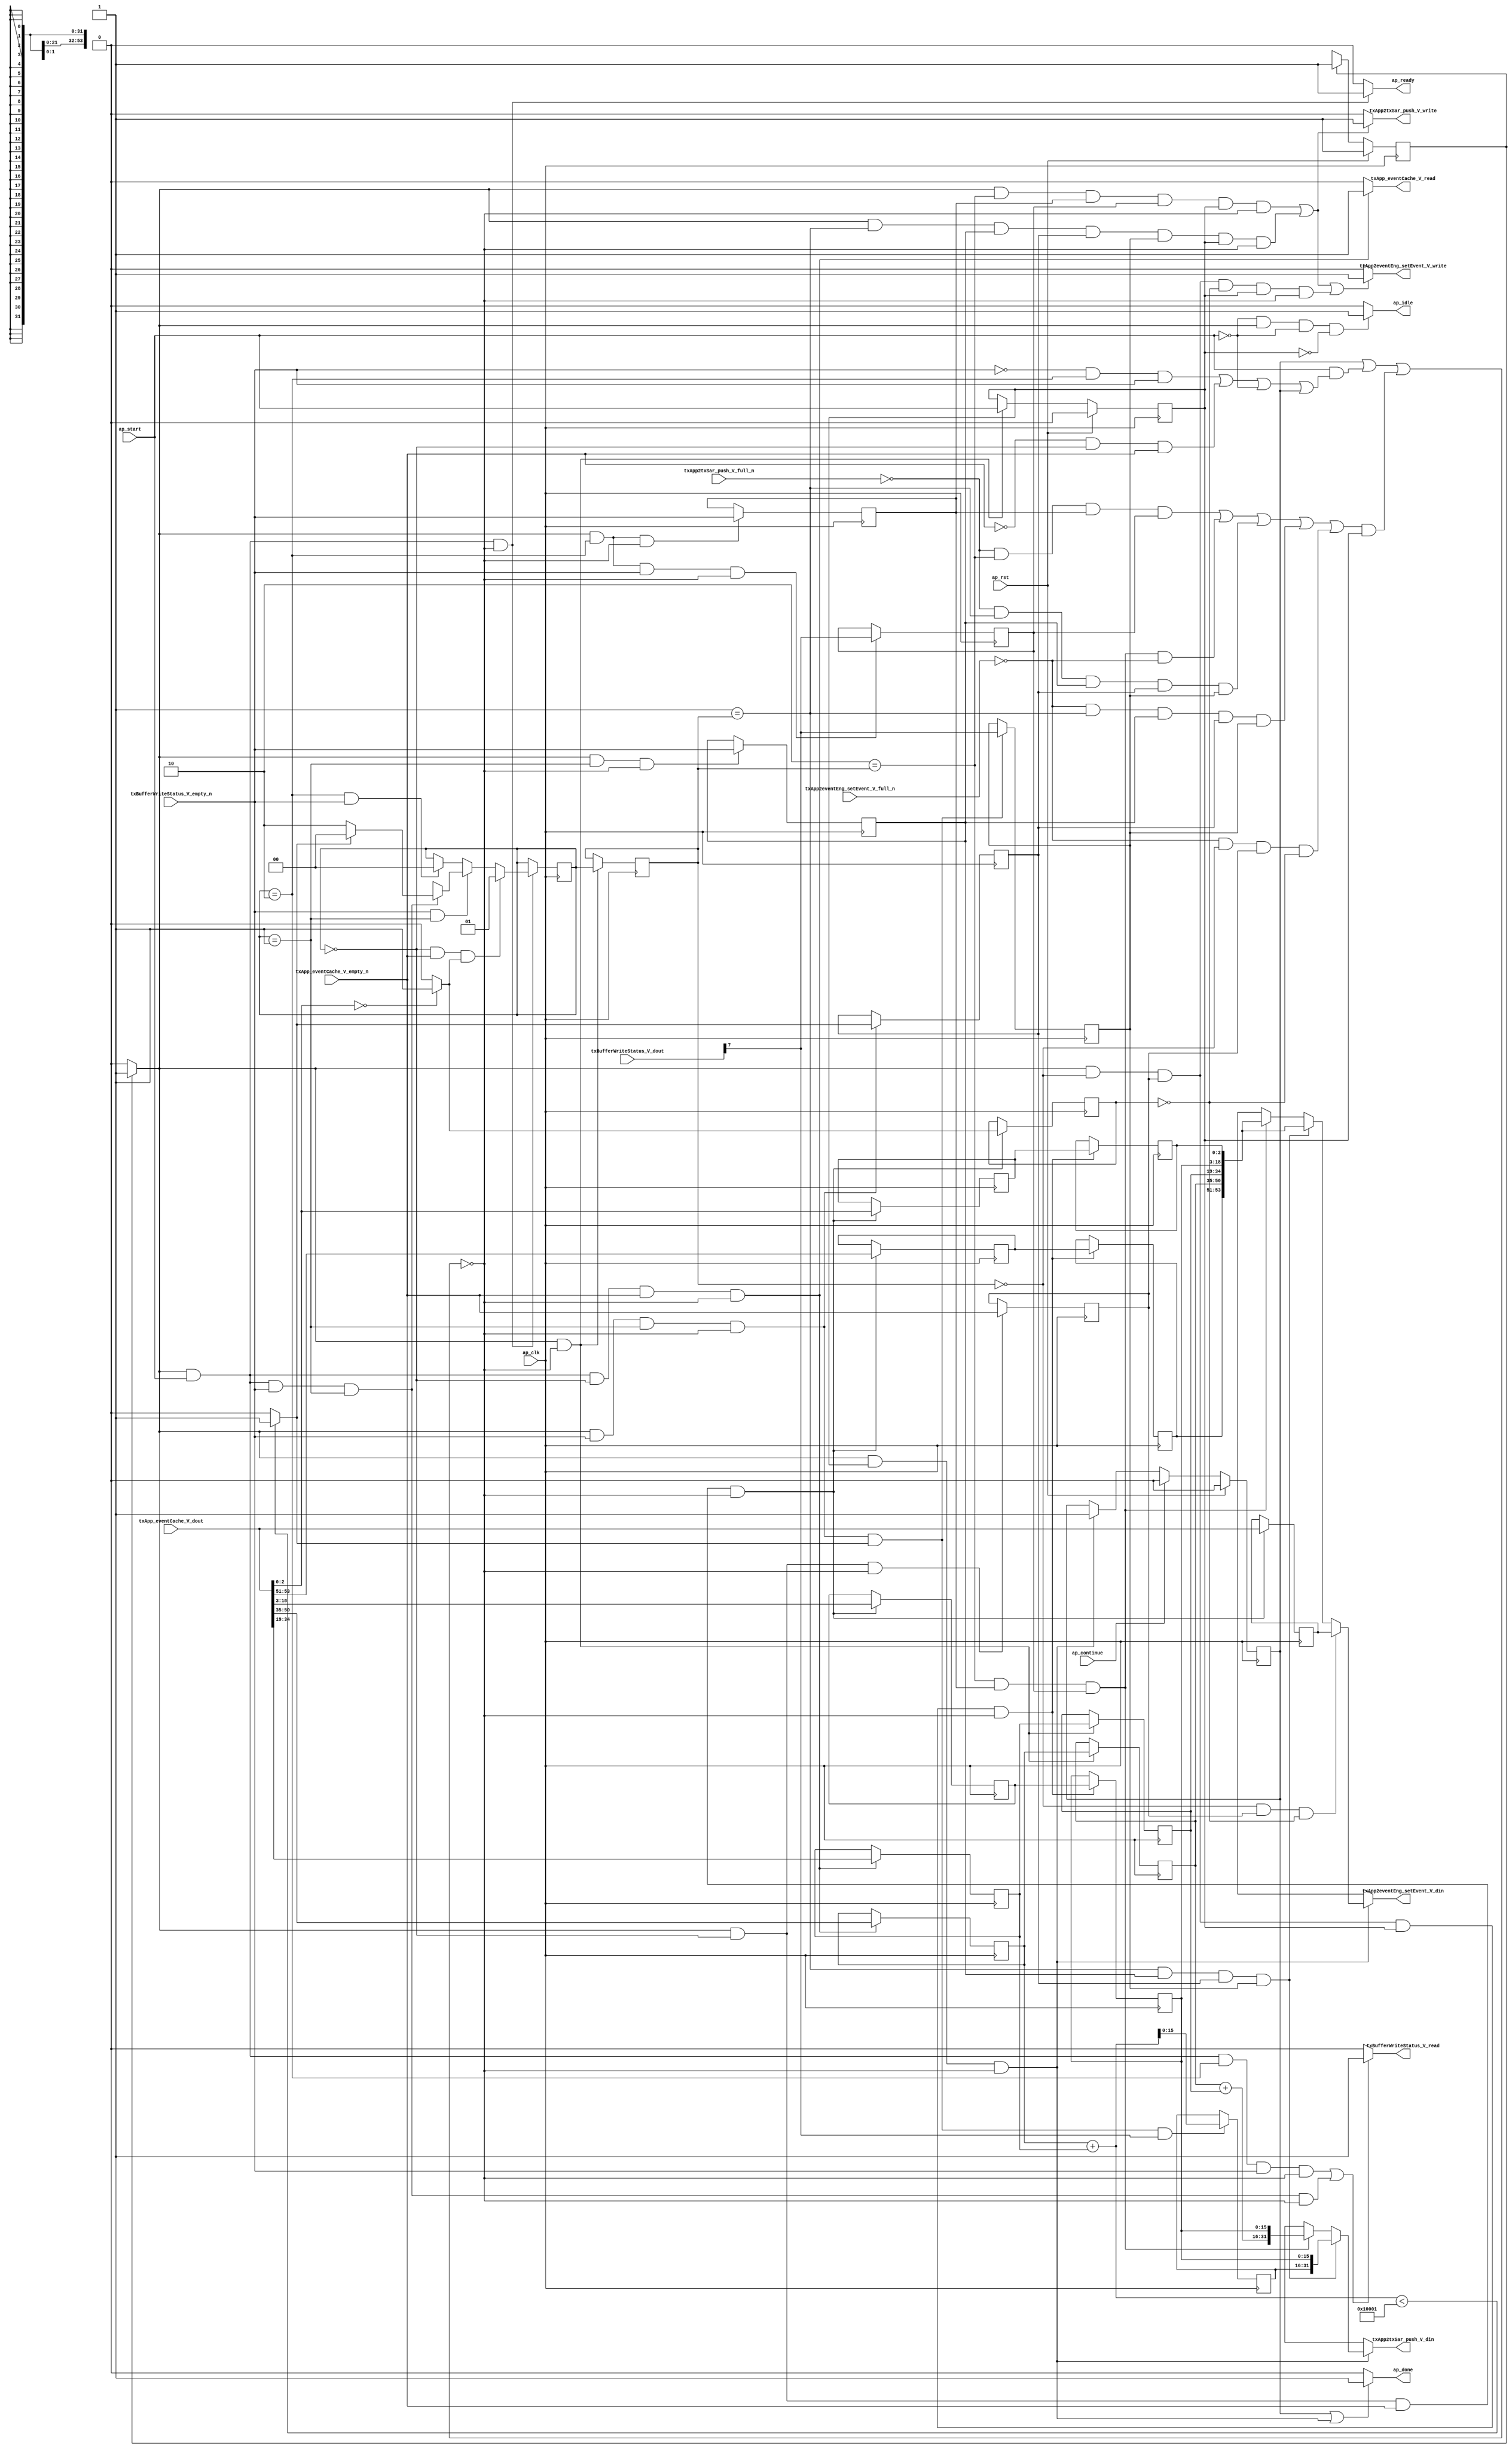
// ==============================================================
// RTL generated by Vivado(TM) HLS - High-Level Synthesis from C, C++ and SystemC
// Version: 2015.1
// Copyright (C) 2015 Xilinx Inc. All rights reserved.
// 
// ===========================================================

`timescale 1 ns / 1 ps 

module toe_txAppStatusHandler (
        ap_clk,
        ap_rst,
        ap_start,
        ap_done,
        ap_continue,
        ap_idle,
        ap_ready,
        txBufferWriteStatus_V_dout,
        txBufferWriteStatus_V_empty_n,
        txBufferWriteStatus_V_read,
        txApp_eventCache_V_dout,
        txApp_eventCache_V_empty_n,
        txApp_eventCache_V_read,
        txApp2txSar_push_V_din,
        txApp2txSar_push_V_full_n,
        txApp2txSar_push_V_write,
        txApp2eventEng_setEvent_V_din,
        txApp2eventEng_setEvent_V_full_n,
        txApp2eventEng_setEvent_V_write
);

parameter    ap_const_logic_1 = 1'b1;
parameter    ap_const_logic_0 = 1'b0;
parameter    ap_ST_pp0_stg0_fsm_0 = 1'b1;
parameter    ap_const_lv32_0 = 32'b00000000000000000000000000000000;
parameter    ap_const_lv1_1 = 1'b1;
parameter    ap_const_lv2_2 = 2'b10;
parameter    ap_const_lv1_0 = 1'b0;
parameter    ap_const_lv2_1 = 2'b1;
parameter    ap_const_lv2_0 = 2'b00;
parameter    ap_const_lv3_0 = 3'b000;
parameter    ap_const_lv32_7 = 32'b111;
parameter    ap_const_lv17_10001 = 17'b10000000000000001;
parameter    ap_const_lv32_3 = 32'b11;
parameter    ap_const_lv32_12 = 32'b10010;
parameter    ap_const_lv32_13 = 32'b10011;
parameter    ap_const_lv32_22 = 32'b100010;
parameter    ap_const_lv32_23 = 32'b100011;
parameter    ap_const_lv32_32 = 32'b110010;
parameter    ap_const_lv32_33 = 32'b110011;
parameter    ap_const_lv32_35 = 32'b110101;
parameter    ap_true = 1'b1;

input   ap_clk;
input   ap_rst;
input   ap_start;
output   ap_done;
input   ap_continue;
output   ap_idle;
output   ap_ready;
input  [7:0] txBufferWriteStatus_V_dout;
input   txBufferWriteStatus_V_empty_n;
output   txBufferWriteStatus_V_read;
input  [53:0] txApp_eventCache_V_dout;
input   txApp_eventCache_V_empty_n;
output   txApp_eventCache_V_read;
output  [31:0] txApp2txSar_push_V_din;
input   txApp2txSar_push_V_full_n;
output   txApp2txSar_push_V_write;
output  [53:0] txApp2eventEng_setEvent_V_din;
input   txApp2eventEng_setEvent_V_full_n;
output   txApp2eventEng_setEvent_V_write;

reg ap_done;
reg ap_idle;
reg ap_ready;
reg txBufferWriteStatus_V_read;
reg txApp_eventCache_V_read;
reg[31:0] txApp2txSar_push_V_din;
reg txApp2txSar_push_V_write;
reg[53:0] txApp2eventEng_setEvent_V_din;
reg txApp2eventEng_setEvent_V_write;
reg    ap_done_reg = 1'b0;
(* fsm_encoding = "none" *) reg   [0:0] ap_CS_fsm = 1'b1;
reg    ap_sig_cseq_ST_pp0_stg0_fsm_0;
reg    ap_sig_bdd_20;
wire    ap_reg_ppiten_pp0_it0;
reg    ap_reg_ppiten_pp0_it1 = 1'b0;
wire   [0:0] grp_nbreadreq_fu_158_p3;
wire   [0:0] tmp_nbreadreq_fu_172_p3;
reg    ap_sig_bdd_71;
reg   [1:0] tash_state_V_load_reg_410;
reg   [0:0] tmp_155_reg_428;
reg   [0:0] tmp_512_reg_432;
reg   [0:0] tmp_154_reg_436;
reg   [0:0] tmp_53_reg_440;
reg   [0:0] tmp_513_reg_444;
reg   [0:0] tmp_reg_453;
reg   [0:0] tmp_s_reg_477;
reg    ap_sig_bdd_123;
reg   [1:0] tash_state_V = 2'b00;
reg   [2:0] ev_type = 3'b000;
reg   [15:0] ev_sessionID_V = 16'b0000000000000000;
reg   [15:0] ev_address_V = 16'b0000000000000000;
reg   [15:0] ev_length_V = 16'b0000000000000000;
reg   [2:0] ev_rt_count_V = 3'b000;
reg   [15:0] tmp_address_V_4_reg_414;
reg   [15:0] tmp_length_V_8_reg_421;
wire   [0:0] grp_fu_212_p3;
wire   [0:0] tmp_53_fu_252_p2;
wire   [15:0] tmp_app_V_1_fu_258_p1;
reg   [15:0] tmp_app_V_1_reg_448;
reg   [53:0] tmp1_reg_457;
wire   [2:0] tmp_type_fu_268_p1;
reg   [2:0] tmp_type_reg_462;
reg   [15:0] tmp_sessionID_V_reg_467;
reg   [2:0] tmp_rt_count_V_reg_472;
wire   [0:0] tmp_s_fu_324_p2;
wire   [1:0] ap_reg_phiprechg_storemerge_reg_200pp0_it0;
reg   [1:0] storemerge_phi_fu_203_p4;
wire   [31:0] tmp_6_fu_352_p3;
wire   [31:0] tmp_3_fu_374_p3;
wire   [53:0] tmp_7_fu_361_p6;
wire   [53:0] tmp_4_fu_382_p6;
wire   [16:0] rhs_V_fu_242_p1;
wire   [16:0] lhs_V_fu_238_p1;
wire   [16:0] r_V_fu_246_p2;
wire   [15:0] tmp_app_V_fu_348_p2;
reg   [0:0] ap_NS_fsm;
reg    ap_sig_pprstidle_pp0;
reg    ap_sig_bdd_316;
reg    ap_sig_bdd_48;
reg    ap_sig_bdd_52;
reg    ap_sig_bdd_203;
reg    ap_sig_bdd_130;
reg    ap_sig_bdd_88;
reg    ap_sig_bdd_108;
reg    ap_sig_bdd_118;
reg    ap_sig_bdd_190;




/// the current state (ap_CS_fsm) of the state machine. ///
always @ (posedge ap_clk)
begin : ap_ret_ap_CS_fsm
    if (ap_rst == 1'b1) begin
        ap_CS_fsm <= ap_ST_pp0_stg0_fsm_0;
    end else begin
        ap_CS_fsm <= ap_NS_fsm;
    end
end

/// ap_done_reg assign process. ///
always @ (posedge ap_clk)
begin : ap_ret_ap_done_reg
    if (ap_rst == 1'b1) begin
        ap_done_reg <= ap_const_logic_0;
    end else begin
        if ((ap_const_logic_1 == ap_continue)) begin
            ap_done_reg <= ap_const_logic_0;
        end else if (((ap_const_logic_1 == ap_sig_cseq_ST_pp0_stg0_fsm_0) & (ap_const_logic_1 == ap_reg_ppiten_pp0_it1) & ~((ap_done_reg == ap_const_logic_1) | ((ap_const_logic_1 == ap_reg_ppiten_pp0_it0) & ap_sig_bdd_71) | (ap_sig_bdd_123 & (ap_const_logic_1 == ap_reg_ppiten_pp0_it1))))) begin
            ap_done_reg <= ap_const_logic_1;
        end
    end
end

/// ap_reg_ppiten_pp0_it1 assign process. ///
always @ (posedge ap_clk)
begin : ap_ret_ap_reg_ppiten_pp0_it1
    if (ap_rst == 1'b1) begin
        ap_reg_ppiten_pp0_it1 <= ap_const_logic_0;
    end else begin
        if (((ap_const_logic_1 == ap_sig_cseq_ST_pp0_stg0_fsm_0) & ~((ap_done_reg == ap_const_logic_1) | ((ap_const_logic_1 == ap_reg_ppiten_pp0_it0) & ap_sig_bdd_71) | (ap_sig_bdd_123 & (ap_const_logic_1 == ap_reg_ppiten_pp0_it1))))) begin
            ap_reg_ppiten_pp0_it1 <= ap_reg_ppiten_pp0_it0;
        end
    end
end

/// assign process. ///
always @(posedge ap_clk)
begin
    if (ap_sig_bdd_130) begin
        if (ap_sig_bdd_203) begin
            tash_state_V <= ap_const_lv2_1;
        end else if (ap_sig_bdd_52) begin
            tash_state_V <= storemerge_phi_fu_203_p4;
        end else if (ap_sig_bdd_48) begin
            tash_state_V <= ap_const_lv2_0;
        end
    end
end

/// assign process. ///
always @(posedge ap_clk)
begin
    if (((ap_const_logic_1 == ap_sig_cseq_ST_pp0_stg0_fsm_0) & (ap_const_logic_1 == ap_reg_ppiten_pp0_it0) & (tash_state_V == ap_const_lv2_0) & ~(ap_const_lv1_0 == tmp_nbreadreq_fu_172_p3) & ~((ap_done_reg == ap_const_logic_1) | ((ap_const_logic_1 == ap_reg_ppiten_pp0_it0) & ap_sig_bdd_71) | (ap_sig_bdd_123 & (ap_const_logic_1 == ap_reg_ppiten_pp0_it1))))) begin
        ev_address_V <= {{txApp_eventCache_V_dout[ap_const_lv32_22 : ap_const_lv32_13]}};
        ev_length_V <= {{txApp_eventCache_V_dout[ap_const_lv32_32 : ap_const_lv32_23]}};
    end
end

/// assign process. ///
always @(posedge ap_clk)
begin
    if (((ap_const_logic_1 == ap_sig_cseq_ST_pp0_stg0_fsm_0) & (ap_const_lv2_0 == tash_state_V_load_reg_410) & ~(ap_const_lv1_0 == tmp_reg_453) & (ap_const_logic_1 == ap_reg_ppiten_pp0_it1) & ~((ap_done_reg == ap_const_logic_1) | ((ap_const_logic_1 == ap_reg_ppiten_pp0_it0) & ap_sig_bdd_71) | (ap_sig_bdd_123 & (ap_const_logic_1 == ap_reg_ppiten_pp0_it1))))) begin
        ev_rt_count_V <= tmp_rt_count_V_reg_472;
        ev_sessionID_V <= tmp_sessionID_V_reg_467;
        ev_type <= tmp_type_reg_462;
    end
end

/// assign process. ///
always @(posedge ap_clk)
begin
    if (((ap_const_logic_1 == ap_sig_cseq_ST_pp0_stg0_fsm_0) & ~((ap_done_reg == ap_const_logic_1) | ((ap_const_logic_1 == ap_reg_ppiten_pp0_it0) & ap_sig_bdd_71) | (ap_sig_bdd_123 & (ap_const_logic_1 == ap_reg_ppiten_pp0_it1))))) begin
        tash_state_V_load_reg_410 <= tash_state_V;
        tmp_address_V_4_reg_414 <= ev_address_V;
        tmp_length_V_8_reg_421 <= ev_length_V;
    end
end

/// assign process. ///
always @(posedge ap_clk)
begin
    if (((ap_const_logic_1 == ap_sig_cseq_ST_pp0_stg0_fsm_0) & (tash_state_V == ap_const_lv2_0) & ~(ap_const_lv1_0 == tmp_nbreadreq_fu_172_p3) & ~((ap_done_reg == ap_const_logic_1) | ((ap_const_logic_1 == ap_reg_ppiten_pp0_it0) & ap_sig_bdd_71) | (ap_sig_bdd_123 & (ap_const_logic_1 == ap_reg_ppiten_pp0_it1))))) begin
        tmp1_reg_457 <= txApp_eventCache_V_dout;
        tmp_rt_count_V_reg_472 <= {{txApp_eventCache_V_dout[ap_const_lv32_35 : ap_const_lv32_33]}};
        tmp_s_reg_477 <= tmp_s_fu_324_p2;
        tmp_sessionID_V_reg_467 <= {{txApp_eventCache_V_dout[ap_const_lv32_12 : ap_const_lv32_3]}};
        tmp_type_reg_462 <= tmp_type_fu_268_p1;
    end
end

/// assign process. ///
always @(posedge ap_clk)
begin
    if (((ap_const_logic_1 == ap_sig_cseq_ST_pp0_stg0_fsm_0) & (tash_state_V == ap_const_lv2_1) & ~((ap_done_reg == ap_const_logic_1) | ((ap_const_logic_1 == ap_reg_ppiten_pp0_it0) & ap_sig_bdd_71) | (ap_sig_bdd_123 & (ap_const_logic_1 == ap_reg_ppiten_pp0_it1))))) begin
        tmp_154_reg_436 <= grp_nbreadreq_fu_158_p3;
    end
end

/// assign process. ///
always @(posedge ap_clk)
begin
    if (((ap_const_logic_1 == ap_sig_cseq_ST_pp0_stg0_fsm_0) & (tash_state_V == ap_const_lv2_2) & ~((ap_done_reg == ap_const_logic_1) | ((ap_const_logic_1 == ap_reg_ppiten_pp0_it0) & ap_sig_bdd_71) | (ap_sig_bdd_123 & (ap_const_logic_1 == ap_reg_ppiten_pp0_it1))))) begin
        tmp_155_reg_428 <= grp_nbreadreq_fu_158_p3;
    end
end

/// assign process. ///
always @(posedge ap_clk)
begin
    if (((ap_const_logic_1 == ap_sig_cseq_ST_pp0_stg0_fsm_0) & (tash_state_V == ap_const_lv2_2) & ~(grp_nbreadreq_fu_158_p3 == ap_const_lv1_0) & ~((ap_done_reg == ap_const_logic_1) | ((ap_const_logic_1 == ap_reg_ppiten_pp0_it0) & ap_sig_bdd_71) | (ap_sig_bdd_123 & (ap_const_logic_1 == ap_reg_ppiten_pp0_it1))))) begin
        tmp_512_reg_432 <= txBufferWriteStatus_V_dout[ap_const_lv32_7];
    end
end

/// assign process. ///
always @(posedge ap_clk)
begin
    if (((ap_const_logic_1 == ap_sig_cseq_ST_pp0_stg0_fsm_0) & ~(grp_nbreadreq_fu_158_p3 == ap_const_lv1_0) & (tash_state_V == ap_const_lv2_1) & ~((ap_done_reg == ap_const_logic_1) | ((ap_const_logic_1 == ap_reg_ppiten_pp0_it0) & ap_sig_bdd_71) | (ap_sig_bdd_123 & (ap_const_logic_1 == ap_reg_ppiten_pp0_it1))) & ~(ap_const_lv1_0 == tmp_53_fu_252_p2))) begin
        tmp_513_reg_444 <= txBufferWriteStatus_V_dout[ap_const_lv32_7];
    end
end

/// assign process. ///
always @(posedge ap_clk)
begin
    if (((ap_const_logic_1 == ap_sig_cseq_ST_pp0_stg0_fsm_0) & ~(grp_nbreadreq_fu_158_p3 == ap_const_lv1_0) & (tash_state_V == ap_const_lv2_1) & ~((ap_done_reg == ap_const_logic_1) | ((ap_const_logic_1 == ap_reg_ppiten_pp0_it0) & ap_sig_bdd_71) | (ap_sig_bdd_123 & (ap_const_logic_1 == ap_reg_ppiten_pp0_it1))))) begin
        tmp_53_reg_440 <= tmp_53_fu_252_p2;
    end
end

/// assign process. ///
always @(posedge ap_clk)
begin
    if (((ap_const_logic_1 == ap_sig_cseq_ST_pp0_stg0_fsm_0) & ~(grp_nbreadreq_fu_158_p3 == ap_const_lv1_0) & (tash_state_V == ap_const_lv2_1) & ~((ap_done_reg == ap_const_logic_1) | ((ap_const_logic_1 == ap_reg_ppiten_pp0_it0) & ap_sig_bdd_71) | (ap_sig_bdd_123 & (ap_const_logic_1 == ap_reg_ppiten_pp0_it1))) & ~(ap_const_lv1_0 == tmp_53_fu_252_p2) & ~(ap_const_lv1_0 == grp_fu_212_p3))) begin
        tmp_app_V_1_reg_448 <= tmp_app_V_1_fu_258_p1;
    end
end

/// assign process. ///
always @(posedge ap_clk)
begin
    if (((ap_const_logic_1 == ap_sig_cseq_ST_pp0_stg0_fsm_0) & (tash_state_V == ap_const_lv2_0) & ~((ap_done_reg == ap_const_logic_1) | ((ap_const_logic_1 == ap_reg_ppiten_pp0_it0) & ap_sig_bdd_71) | (ap_sig_bdd_123 & (ap_const_logic_1 == ap_reg_ppiten_pp0_it1))))) begin
        tmp_reg_453 <= tmp_nbreadreq_fu_172_p3;
    end
end

/// ap_done assign process. ///
always @ (ap_done_reg or ap_sig_cseq_ST_pp0_stg0_fsm_0 or ap_reg_ppiten_pp0_it0 or ap_reg_ppiten_pp0_it1 or ap_sig_bdd_71 or ap_sig_bdd_123)
begin
    if (((ap_const_logic_1 == ap_done_reg) | ((ap_const_logic_1 == ap_sig_cseq_ST_pp0_stg0_fsm_0) & (ap_const_logic_1 == ap_reg_ppiten_pp0_it1) & ~((ap_done_reg == ap_const_logic_1) | ((ap_const_logic_1 == ap_reg_ppiten_pp0_it0) & ap_sig_bdd_71) | (ap_sig_bdd_123 & (ap_const_logic_1 == ap_reg_ppiten_pp0_it1)))))) begin
        ap_done = ap_const_logic_1;
    end else begin
        ap_done = ap_const_logic_0;
    end
end

/// ap_idle assign process. ///
always @ (ap_start or ap_sig_cseq_ST_pp0_stg0_fsm_0 or ap_reg_ppiten_pp0_it0 or ap_reg_ppiten_pp0_it1)
begin
    if ((~(ap_const_logic_1 == ap_start) & (ap_const_logic_1 == ap_sig_cseq_ST_pp0_stg0_fsm_0) & (ap_const_logic_0 == ap_reg_ppiten_pp0_it0) & (ap_const_logic_0 == ap_reg_ppiten_pp0_it1))) begin
        ap_idle = ap_const_logic_1;
    end else begin
        ap_idle = ap_const_logic_0;
    end
end

/// ap_ready assign process. ///
always @ (ap_done_reg or ap_sig_cseq_ST_pp0_stg0_fsm_0 or ap_reg_ppiten_pp0_it0 or ap_reg_ppiten_pp0_it1 or ap_sig_bdd_71 or ap_sig_bdd_123)
begin
    if (((ap_const_logic_1 == ap_sig_cseq_ST_pp0_stg0_fsm_0) & (ap_const_logic_1 == ap_reg_ppiten_pp0_it0) & ~((ap_done_reg == ap_const_logic_1) | ((ap_const_logic_1 == ap_reg_ppiten_pp0_it0) & ap_sig_bdd_71) | (ap_sig_bdd_123 & (ap_const_logic_1 == ap_reg_ppiten_pp0_it1))))) begin
        ap_ready = ap_const_logic_1;
    end else begin
        ap_ready = ap_const_logic_0;
    end
end

/// ap_sig_cseq_ST_pp0_stg0_fsm_0 assign process. ///
always @ (ap_sig_bdd_20)
begin
    if (ap_sig_bdd_20) begin
        ap_sig_cseq_ST_pp0_stg0_fsm_0 = ap_const_logic_1;
    end else begin
        ap_sig_cseq_ST_pp0_stg0_fsm_0 = ap_const_logic_0;
    end
end

/// ap_sig_pprstidle_pp0 assign process. ///
always @ (ap_start or ap_reg_ppiten_pp0_it0)
begin
    if (((ap_const_logic_0 == ap_reg_ppiten_pp0_it0) & (ap_const_logic_0 == ap_start))) begin
        ap_sig_pprstidle_pp0 = ap_const_logic_1;
    end else begin
        ap_sig_pprstidle_pp0 = ap_const_logic_0;
    end
end

/// storemerge_phi_fu_203_p4 assign process. ///
always @ (tmp_53_fu_252_p2 or ap_reg_phiprechg_storemerge_reg_200pp0_it0 or ap_sig_bdd_316)
begin
    if (ap_sig_bdd_316) begin
        if (~(ap_const_lv1_0 == tmp_53_fu_252_p2)) begin
            storemerge_phi_fu_203_p4 = ap_const_lv2_0;
        end else if ((ap_const_lv1_0 == tmp_53_fu_252_p2)) begin
            storemerge_phi_fu_203_p4 = ap_const_lv2_2;
        end else begin
            storemerge_phi_fu_203_p4 = ap_reg_phiprechg_storemerge_reg_200pp0_it0;
        end
    end else begin
        storemerge_phi_fu_203_p4 = ap_reg_phiprechg_storemerge_reg_200pp0_it0;
    end
end

/// txApp2eventEng_setEvent_V_din assign process. ///
always @ (tmp1_reg_457 or tmp_7_fu_361_p6 or tmp_4_fu_382_p6 or ap_sig_bdd_88 or ap_sig_bdd_108 or ap_sig_bdd_118 or ap_sig_bdd_190)
begin
    if (ap_sig_bdd_190) begin
        if (ap_sig_bdd_118) begin
            txApp2eventEng_setEvent_V_din = tmp1_reg_457;
        end else if (ap_sig_bdd_108) begin
            txApp2eventEng_setEvent_V_din = tmp_4_fu_382_p6;
        end else if (ap_sig_bdd_88) begin
            txApp2eventEng_setEvent_V_din = tmp_7_fu_361_p6;
        end else begin
            txApp2eventEng_setEvent_V_din = 'bx;
        end
    end else begin
        txApp2eventEng_setEvent_V_din = 'bx;
    end
end

/// txApp2eventEng_setEvent_V_write assign process. ///
always @ (ap_done_reg or ap_sig_cseq_ST_pp0_stg0_fsm_0 or ap_reg_ppiten_pp0_it0 or ap_reg_ppiten_pp0_it1 or ap_sig_bdd_71 or tash_state_V_load_reg_410 or tmp_155_reg_428 or tmp_512_reg_432 or tmp_154_reg_436 or tmp_53_reg_440 or tmp_513_reg_444 or tmp_reg_453 or tmp_s_reg_477 or ap_sig_bdd_123)
begin
    if ((((ap_const_logic_1 == ap_sig_cseq_ST_pp0_stg0_fsm_0) & (ap_const_lv2_2 == tash_state_V_load_reg_410) & ~(ap_const_lv1_0 == tmp_155_reg_428) & ~(ap_const_lv1_0 == tmp_512_reg_432) & (ap_const_logic_1 == ap_reg_ppiten_pp0_it1) & ~((ap_done_reg == ap_const_logic_1) | ((ap_const_logic_1 == ap_reg_ppiten_pp0_it0) & ap_sig_bdd_71) | (ap_sig_bdd_123 & (ap_const_logic_1 == ap_reg_ppiten_pp0_it1)))) | ((ap_const_logic_1 == ap_sig_cseq_ST_pp0_stg0_fsm_0) & (ap_const_lv2_1 == tash_state_V_load_reg_410) & ~(ap_const_lv1_0 == tmp_154_reg_436) & ~(ap_const_lv1_0 == tmp_53_reg_440) & ~(ap_const_lv1_0 == tmp_513_reg_444) & (ap_const_logic_1 == ap_reg_ppiten_pp0_it1) & ~((ap_done_reg == ap_const_logic_1) | ((ap_const_logic_1 == ap_reg_ppiten_pp0_it0) & ap_sig_bdd_71) | (ap_sig_bdd_123 & (ap_const_logic_1 == ap_reg_ppiten_pp0_it1)))) | ((ap_const_logic_1 == ap_sig_cseq_ST_pp0_stg0_fsm_0) & (ap_const_lv2_0 == tash_state_V_load_reg_410) & ~(ap_const_lv1_0 == tmp_reg_453) & (ap_const_lv1_0 == tmp_s_reg_477) & (ap_const_logic_1 == ap_reg_ppiten_pp0_it1) & ~((ap_done_reg == ap_const_logic_1) | ((ap_const_logic_1 == ap_reg_ppiten_pp0_it0) & ap_sig_bdd_71) | (ap_sig_bdd_123 & (ap_const_logic_1 == ap_reg_ppiten_pp0_it1)))))) begin
        txApp2eventEng_setEvent_V_write = ap_const_logic_1;
    end else begin
        txApp2eventEng_setEvent_V_write = ap_const_logic_0;
    end
end

/// txApp2txSar_push_V_din assign process. ///
always @ (tmp_6_fu_352_p3 or tmp_3_fu_374_p3 or ap_sig_bdd_88 or ap_sig_bdd_108 or ap_sig_bdd_190)
begin
    if (ap_sig_bdd_190) begin
        if (ap_sig_bdd_108) begin
            txApp2txSar_push_V_din = tmp_3_fu_374_p3;
        end else if (ap_sig_bdd_88) begin
            txApp2txSar_push_V_din = tmp_6_fu_352_p3;
        end else begin
            txApp2txSar_push_V_din = 'bx;
        end
    end else begin
        txApp2txSar_push_V_din = 'bx;
    end
end

/// txApp2txSar_push_V_write assign process. ///
always @ (ap_done_reg or ap_sig_cseq_ST_pp0_stg0_fsm_0 or ap_reg_ppiten_pp0_it0 or ap_reg_ppiten_pp0_it1 or ap_sig_bdd_71 or tash_state_V_load_reg_410 or tmp_155_reg_428 or tmp_512_reg_432 or tmp_154_reg_436 or tmp_53_reg_440 or tmp_513_reg_444 or ap_sig_bdd_123)
begin
    if ((((ap_const_logic_1 == ap_sig_cseq_ST_pp0_stg0_fsm_0) & (ap_const_lv2_2 == tash_state_V_load_reg_410) & ~(ap_const_lv1_0 == tmp_155_reg_428) & ~(ap_const_lv1_0 == tmp_512_reg_432) & (ap_const_logic_1 == ap_reg_ppiten_pp0_it1) & ~((ap_done_reg == ap_const_logic_1) | ((ap_const_logic_1 == ap_reg_ppiten_pp0_it0) & ap_sig_bdd_71) | (ap_sig_bdd_123 & (ap_const_logic_1 == ap_reg_ppiten_pp0_it1)))) | ((ap_const_logic_1 == ap_sig_cseq_ST_pp0_stg0_fsm_0) & (ap_const_lv2_1 == tash_state_V_load_reg_410) & ~(ap_const_lv1_0 == tmp_154_reg_436) & ~(ap_const_lv1_0 == tmp_53_reg_440) & ~(ap_const_lv1_0 == tmp_513_reg_444) & (ap_const_logic_1 == ap_reg_ppiten_pp0_it1) & ~((ap_done_reg == ap_const_logic_1) | ((ap_const_logic_1 == ap_reg_ppiten_pp0_it0) & ap_sig_bdd_71) | (ap_sig_bdd_123 & (ap_const_logic_1 == ap_reg_ppiten_pp0_it1)))))) begin
        txApp2txSar_push_V_write = ap_const_logic_1;
    end else begin
        txApp2txSar_push_V_write = ap_const_logic_0;
    end
end

/// txApp_eventCache_V_read assign process. ///
always @ (ap_done_reg or ap_sig_cseq_ST_pp0_stg0_fsm_0 or ap_reg_ppiten_pp0_it0 or ap_reg_ppiten_pp0_it1 or tmp_nbreadreq_fu_172_p3 or ap_sig_bdd_71 or ap_sig_bdd_123 or tash_state_V)
begin
    if (((ap_const_logic_1 == ap_sig_cseq_ST_pp0_stg0_fsm_0) & (ap_const_logic_1 == ap_reg_ppiten_pp0_it0) & (tash_state_V == ap_const_lv2_0) & ~(ap_const_lv1_0 == tmp_nbreadreq_fu_172_p3) & ~((ap_done_reg == ap_const_logic_1) | ((ap_const_logic_1 == ap_reg_ppiten_pp0_it0) & ap_sig_bdd_71) | (ap_sig_bdd_123 & (ap_const_logic_1 == ap_reg_ppiten_pp0_it1))))) begin
        txApp_eventCache_V_read = ap_const_logic_1;
    end else begin
        txApp_eventCache_V_read = ap_const_logic_0;
    end
end

/// txBufferWriteStatus_V_read assign process. ///
always @ (ap_done_reg or ap_sig_cseq_ST_pp0_stg0_fsm_0 or ap_reg_ppiten_pp0_it0 or ap_reg_ppiten_pp0_it1 or grp_nbreadreq_fu_158_p3 or ap_sig_bdd_71 or ap_sig_bdd_123 or tash_state_V)
begin
    if ((((ap_const_logic_1 == ap_sig_cseq_ST_pp0_stg0_fsm_0) & (ap_const_logic_1 == ap_reg_ppiten_pp0_it0) & (tash_state_V == ap_const_lv2_2) & ~(grp_nbreadreq_fu_158_p3 == ap_const_lv1_0) & ~((ap_done_reg == ap_const_logic_1) | ((ap_const_logic_1 == ap_reg_ppiten_pp0_it0) & ap_sig_bdd_71) | (ap_sig_bdd_123 & (ap_const_logic_1 == ap_reg_ppiten_pp0_it1)))) | ((ap_const_logic_1 == ap_sig_cseq_ST_pp0_stg0_fsm_0) & (ap_const_logic_1 == ap_reg_ppiten_pp0_it0) & ~(grp_nbreadreq_fu_158_p3 == ap_const_lv1_0) & (tash_state_V == ap_const_lv2_1) & ~((ap_done_reg == ap_const_logic_1) | ((ap_const_logic_1 == ap_reg_ppiten_pp0_it0) & ap_sig_bdd_71) | (ap_sig_bdd_123 & (ap_const_logic_1 == ap_reg_ppiten_pp0_it1)))))) begin
        txBufferWriteStatus_V_read = ap_const_logic_1;
    end else begin
        txBufferWriteStatus_V_read = ap_const_logic_0;
    end
end
/// the next state (ap_NS_fsm) of the state machine. ///
always @ (ap_done_reg or ap_CS_fsm or ap_reg_ppiten_pp0_it0 or ap_reg_ppiten_pp0_it1 or ap_sig_bdd_71 or ap_sig_bdd_123 or ap_sig_pprstidle_pp0)
begin
    case (ap_CS_fsm)
        ap_ST_pp0_stg0_fsm_0 : 
        begin
            ap_NS_fsm = ap_ST_pp0_stg0_fsm_0;
        end
        default : 
        begin
            ap_NS_fsm = 'bx;
        end
    endcase
end

assign ap_reg_phiprechg_storemerge_reg_200pp0_it0 = 'bx;
assign ap_reg_ppiten_pp0_it0 = ap_start;

/// ap_sig_bdd_108 assign process. ///
always @ (tash_state_V_load_reg_410 or tmp_154_reg_436 or tmp_53_reg_440 or tmp_513_reg_444)
begin
    ap_sig_bdd_108 = ((ap_const_lv2_1 == tash_state_V_load_reg_410) & ~(ap_const_lv1_0 == tmp_154_reg_436) & ~(ap_const_lv1_0 == tmp_53_reg_440) & ~(ap_const_lv1_0 == tmp_513_reg_444));
end

/// ap_sig_bdd_118 assign process. ///
always @ (tash_state_V_load_reg_410 or tmp_reg_453 or tmp_s_reg_477)
begin
    ap_sig_bdd_118 = ((ap_const_lv2_0 == tash_state_V_load_reg_410) & ~(ap_const_lv1_0 == tmp_reg_453) & (ap_const_lv1_0 == tmp_s_reg_477));
end

/// ap_sig_bdd_123 assign process. ///
always @ (txApp2txSar_push_V_full_n or tash_state_V_load_reg_410 or tmp_155_reg_428 or tmp_512_reg_432 or txApp2eventEng_setEvent_V_full_n or tmp_154_reg_436 or tmp_53_reg_440 or tmp_513_reg_444 or tmp_reg_453 or tmp_s_reg_477)
begin
    ap_sig_bdd_123 = (((txApp2txSar_push_V_full_n == ap_const_logic_0) & (ap_const_lv2_2 == tash_state_V_load_reg_410) & ~(ap_const_lv1_0 == tmp_155_reg_428) & ~(ap_const_lv1_0 == tmp_512_reg_432)) | ((ap_const_lv2_2 == tash_state_V_load_reg_410) & ~(ap_const_lv1_0 == tmp_155_reg_428) & ~(ap_const_lv1_0 == tmp_512_reg_432) & (txApp2eventEng_setEvent_V_full_n == ap_const_logic_0)) | ((txApp2txSar_push_V_full_n == ap_const_logic_0) & (ap_const_lv2_1 == tash_state_V_load_reg_410) & ~(ap_const_lv1_0 == tmp_154_reg_436) & ~(ap_const_lv1_0 == tmp_53_reg_440) & ~(ap_const_lv1_0 == tmp_513_reg_444)) | ((txApp2eventEng_setEvent_V_full_n == ap_const_logic_0) & (ap_const_lv2_1 == tash_state_V_load_reg_410) & ~(ap_const_lv1_0 == tmp_154_reg_436) & ~(ap_const_lv1_0 == tmp_53_reg_440) & ~(ap_const_lv1_0 == tmp_513_reg_444)) | ((txApp2eventEng_setEvent_V_full_n == ap_const_logic_0) & (ap_const_lv2_0 == tash_state_V_load_reg_410) & ~(ap_const_lv1_0 == tmp_reg_453) & (ap_const_lv1_0 == tmp_s_reg_477)));
end

/// ap_sig_bdd_130 assign process. ///
always @ (ap_done_reg or ap_sig_cseq_ST_pp0_stg0_fsm_0 or ap_reg_ppiten_pp0_it0 or ap_reg_ppiten_pp0_it1 or ap_sig_bdd_71 or ap_sig_bdd_123)
begin
    ap_sig_bdd_130 = ((ap_const_logic_1 == ap_sig_cseq_ST_pp0_stg0_fsm_0) & (ap_const_logic_1 == ap_reg_ppiten_pp0_it0) & ~((ap_done_reg == ap_const_logic_1) | ((ap_const_logic_1 == ap_reg_ppiten_pp0_it0) & ap_sig_bdd_71) | (ap_sig_bdd_123 & (ap_const_logic_1 == ap_reg_ppiten_pp0_it1))));
end

/// ap_sig_bdd_190 assign process. ///
always @ (ap_done_reg or ap_sig_cseq_ST_pp0_stg0_fsm_0 or ap_reg_ppiten_pp0_it0 or ap_reg_ppiten_pp0_it1 or ap_sig_bdd_71 or ap_sig_bdd_123)
begin
    ap_sig_bdd_190 = ((ap_const_logic_1 == ap_sig_cseq_ST_pp0_stg0_fsm_0) & (ap_const_logic_1 == ap_reg_ppiten_pp0_it1) & ~((ap_done_reg == ap_const_logic_1) | ((ap_const_logic_1 == ap_reg_ppiten_pp0_it0) & ap_sig_bdd_71) | (ap_sig_bdd_123 & (ap_const_logic_1 == ap_reg_ppiten_pp0_it1))));
end

/// ap_sig_bdd_20 assign process. ///
always @ (ap_CS_fsm)
begin
    ap_sig_bdd_20 = (ap_CS_fsm[ap_const_lv32_0] == ap_const_lv1_1);
end

/// ap_sig_bdd_203 assign process. ///
always @ (tmp_nbreadreq_fu_172_p3 or tash_state_V or tmp_s_fu_324_p2)
begin
    ap_sig_bdd_203 = ((tash_state_V == ap_const_lv2_0) & ~(ap_const_lv1_0 == tmp_nbreadreq_fu_172_p3) & ~(ap_const_lv1_0 == tmp_s_fu_324_p2));
end

/// ap_sig_bdd_316 assign process. ///
always @ (ap_sig_cseq_ST_pp0_stg0_fsm_0 or ap_reg_ppiten_pp0_it0 or grp_nbreadreq_fu_158_p3 or tash_state_V)
begin
    ap_sig_bdd_316 = ((ap_const_logic_1 == ap_sig_cseq_ST_pp0_stg0_fsm_0) & (ap_const_logic_1 == ap_reg_ppiten_pp0_it0) & ~(grp_nbreadreq_fu_158_p3 == ap_const_lv1_0) & (tash_state_V == ap_const_lv2_1));
end

/// ap_sig_bdd_48 assign process. ///
always @ (grp_nbreadreq_fu_158_p3 or tash_state_V)
begin
    ap_sig_bdd_48 = ((tash_state_V == ap_const_lv2_2) & ~(grp_nbreadreq_fu_158_p3 == ap_const_lv1_0));
end

/// ap_sig_bdd_52 assign process. ///
always @ (grp_nbreadreq_fu_158_p3 or tash_state_V)
begin
    ap_sig_bdd_52 = (~(grp_nbreadreq_fu_158_p3 == ap_const_lv1_0) & (tash_state_V == ap_const_lv2_1));
end

/// ap_sig_bdd_71 assign process. ///
always @ (ap_start or ap_done_reg or txBufferWriteStatus_V_empty_n or grp_nbreadreq_fu_158_p3 or txApp_eventCache_V_empty_n or tmp_nbreadreq_fu_172_p3 or tash_state_V)
begin
    ap_sig_bdd_71 = (((txBufferWriteStatus_V_empty_n == ap_const_logic_0) & (tash_state_V == ap_const_lv2_2) & ~(grp_nbreadreq_fu_158_p3 == ap_const_lv1_0)) | ((txBufferWriteStatus_V_empty_n == ap_const_logic_0) & ~(grp_nbreadreq_fu_158_p3 == ap_const_lv1_0) & (tash_state_V == ap_const_lv2_1)) | ((txApp_eventCache_V_empty_n == ap_const_logic_0) & (tash_state_V == ap_const_lv2_0) & ~(ap_const_lv1_0 == tmp_nbreadreq_fu_172_p3)) | (ap_start == ap_const_logic_0) | (ap_done_reg == ap_const_logic_1));
end

/// ap_sig_bdd_88 assign process. ///
always @ (tash_state_V_load_reg_410 or tmp_155_reg_428 or tmp_512_reg_432)
begin
    ap_sig_bdd_88 = ((ap_const_lv2_2 == tash_state_V_load_reg_410) & ~(ap_const_lv1_0 == tmp_155_reg_428) & ~(ap_const_lv1_0 == tmp_512_reg_432));
end
assign grp_fu_212_p3 = txBufferWriteStatus_V_dout[ap_const_lv32_7];
assign grp_nbreadreq_fu_158_p3 = txBufferWriteStatus_V_empty_n;
assign lhs_V_fu_238_p1 = ev_address_V;
assign r_V_fu_246_p2 = (rhs_V_fu_242_p1 + lhs_V_fu_238_p1);
assign rhs_V_fu_242_p1 = ev_length_V;
assign tmp_3_fu_374_p3 = {{tmp_app_V_1_reg_448}, {ev_sessionID_V}};
assign tmp_4_fu_382_p6 = {{{{{ev_rt_count_V}, {tmp_length_V_8_reg_421}}, {tmp_address_V_4_reg_414}}, {ev_sessionID_V}}, {ev_type}};
assign tmp_53_fu_252_p2 = (r_V_fu_246_p2 < ap_const_lv17_10001? 1'b1: 1'b0);
assign tmp_6_fu_352_p3 = {{tmp_app_V_fu_348_p2}, {ev_sessionID_V}};
assign tmp_7_fu_361_p6 = {{{{{ev_rt_count_V}, {tmp_length_V_8_reg_421}}, {tmp_address_V_4_reg_414}}, {ev_sessionID_V}}, {ev_type}};
assign tmp_app_V_1_fu_258_p1 = r_V_fu_246_p2[15:0];
assign tmp_app_V_fu_348_p2 = (tmp_length_V_8_reg_421 + tmp_address_V_4_reg_414);
assign tmp_nbreadreq_fu_172_p3 = txApp_eventCache_V_empty_n;
assign tmp_s_fu_324_p2 = (tmp_type_fu_268_p1 == ap_const_lv3_0? 1'b1: 1'b0);
assign tmp_type_fu_268_p1 = txApp_eventCache_V_dout[2:0];


endmodule //toe_txAppStatusHandler